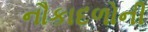
નૌકાદળોની